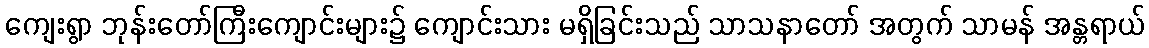
ကျေးရွာ ဘုန်းတော်ကြီးကျောင်းများ၌ ကျောင်းသား မရှိခြင်းသည် သာသနာတော် အတွက် သာမန် အန္တရာယ်